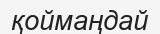
қоймаңдай